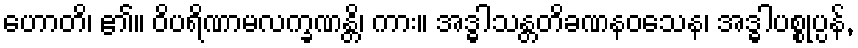
ဟောတိ၊ ၏။ ဝိပရိဏာမလက္ခဏန္တိ၊ ကား။ အဒ္ဓါသန္တတိခဏနဝသေန၊ အဒ္ဓါပစ္စုပ္ပန်,